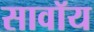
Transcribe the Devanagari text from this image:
सावॉय